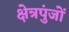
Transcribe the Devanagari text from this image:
क्षेत्रपुंजों